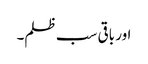
اور باقی سب ظلم۔